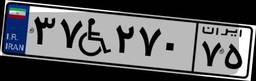
۳۸W۳۳۳۳۴